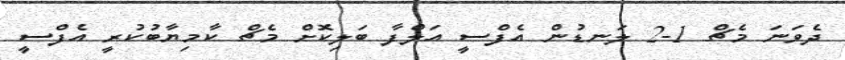
ދެވަނަ މެޗް 1-2 ލަނޑުން އެފްސީ އަލްފާ ބަލިކޮށް މެޗް ކާމިޔާބުކުރީ އެފްސީ